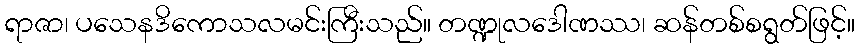
ရာဇာ၊ ပသေနဒိကောသလမင်းကြီးသည်။ တဏ္ဍုလဒေါဏဿ၊ ဆန်တစ်စရွတ်ဖြင့်။